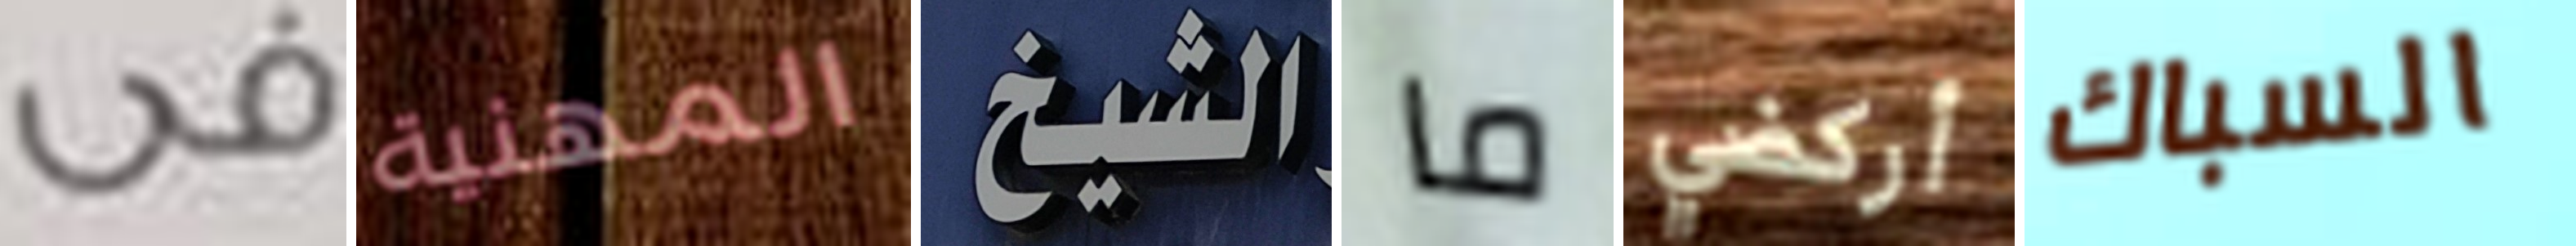
فى المهنية الشيخ ما أركضي السباك